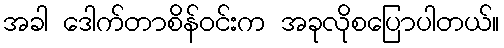
အခါ ဒေါက်တာစိန်ဝင်းက အခုလိုစပြောပါတယ်။